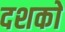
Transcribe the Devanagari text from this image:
दशकाें